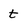
Character: t